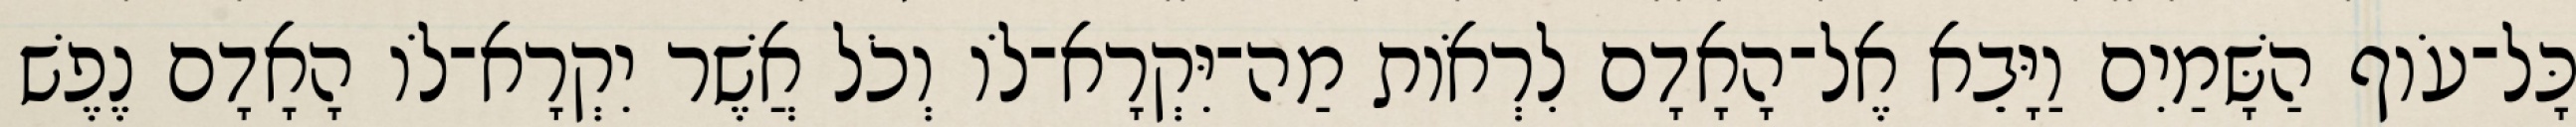
כָּל־עֹוף הַשָּׁמַיִם וַיָּבֵא אֶל־הָאָדָם לִרְאֹות מַה־יִּקְרָא־לֹו וְכֹל אֲשֶׁר יִקְרָא־לֹו הָאָדָם נֶפֶשׁ